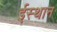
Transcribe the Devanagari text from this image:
ईस्थान